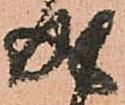
成